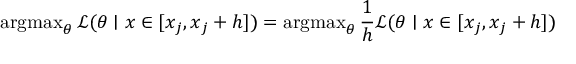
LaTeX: \operatorname { a r g m a x } _ { \theta } { \mathcal { L } } ( \theta \mid x \in [ x _ { j } , x _ { j } + h ] ) = \operatorname { a r g m a x } _ { \theta } { \frac { 1 } { h } } { \mathcal { L } } ( \theta \mid x \in [ x _ { j } , x _ { j } + h ] )